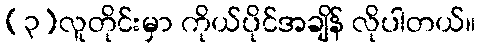
(၃)လူတိုင်းမှာ ကိုယ်ပိုင်အချိန် လိုပါတယ်။